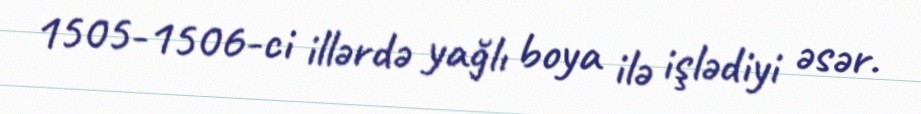
1505-1506-ci illərdə yağlı boya ilə işlədiyi əsər.